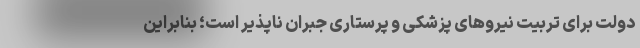
دولت برای تربیت نیروهای پزشکی و پرستاری جبران ناپذیر است؛ بنابراین